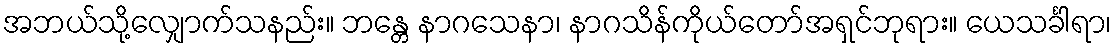
အဘယ်သို့လျှောက်သနည်း။ ဘန္တေ နာဂသေနာ၊ နာဂသိန်ကိုယ်တော်အရှင်ဘုရား။ ယေသင်္ခါရာ၊